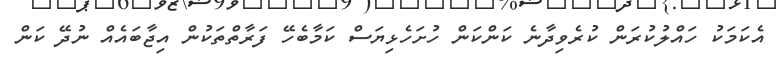
އެކަމަކު ހައްލުކުރަން ކުރެވިދާނެ ކަންކަން ހުށަހެޅިޔަސް ކަމާބެހޭ ފަރާތްތަކުން އިޖާބައެއް ނުދޭ ކަން